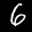
Label: 6